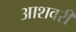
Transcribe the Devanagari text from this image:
आशवरी